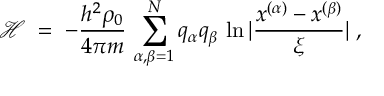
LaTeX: { \mathcal H } \; = \; - \frac { h ^ { 2 } \rho _ { 0 } } { 4 \pi m } \, \sum _ { \alpha , \beta = 1 } ^ { N } q _ { \alpha } q _ { \beta } \, \ln | \frac { x ^ { ( \alpha ) } - x ^ { ( \beta ) } } { \xi } | \; ,